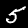
Digit: 5